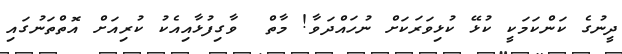
ދީނުގެ ކަންކަމަކީ ކުޅޭ ކުޅިވަރަކަށް ނުހައްދަވާ! މާތް  ވާގިފުޅާއިއެކު ކުރިއަށް އޮތްތަނުގައި